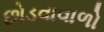
છોડવાવાળો